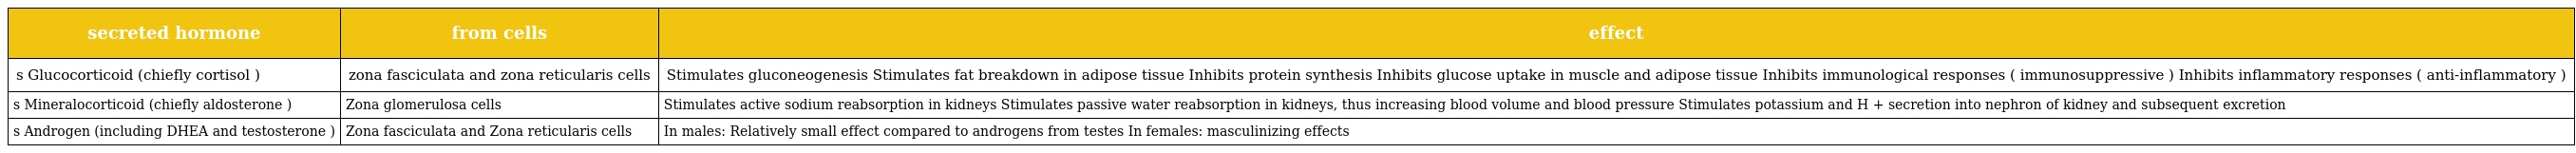
| secreted hormone | from cells | effect |
 | --- | --- | --- |
 | s Glucocorticoid (chiefly cortisol ) | zona fasciculata and zona reticularis cells | Stimulates gluconeogenesis Stimulates fat breakdown in adipose tissue Inhibits protein synthesis Inhibits glucose uptake in muscle and adipose tissue Inhibits immunological responses ( immunosuppressive ) Inhibits inflammatory responses ( anti-inflammatory ) |
 | s Mineralocorticoid (chiefly aldosterone ) | Zona glomerulosa cells | Stimulates active sodium reabsorption in kidneys Stimulates passive water reabsorption in kidneys, thus increasing blood volume and blood pressure Stimulates potassium and H + secretion into nephron of kidney and subsequent excretion |
 | s Androgen (including DHEA and testosterone ) | Zona fasciculata and Zona reticularis cells | In males: Relatively small effect compared to androgens from testes In females: masculinizing effects |